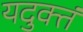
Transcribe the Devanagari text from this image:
यदुक्तं